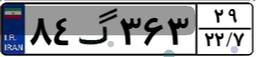
۸۴گ۳۶۳۲۹